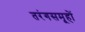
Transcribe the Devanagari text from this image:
तरंगसमूहों